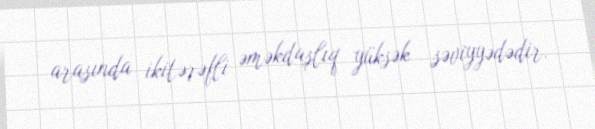
arasında ikitərəfli əməkdaşlıq yüksək səviyyədədir.